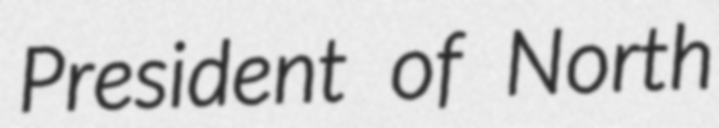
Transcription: President of North